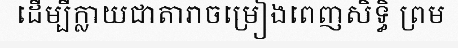
ដើម្បីក្លាយជាតារាចម្រៀងពេញសិទ្ធិ ព្រម